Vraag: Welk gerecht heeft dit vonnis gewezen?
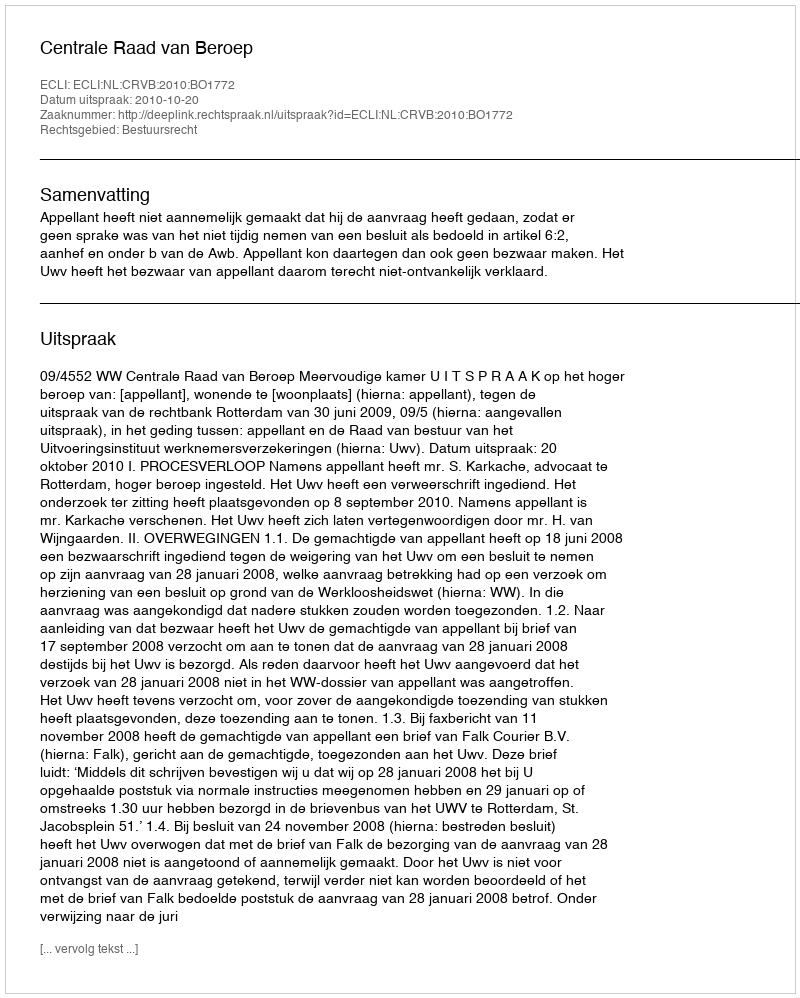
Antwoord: Centrale Raad van Beroep